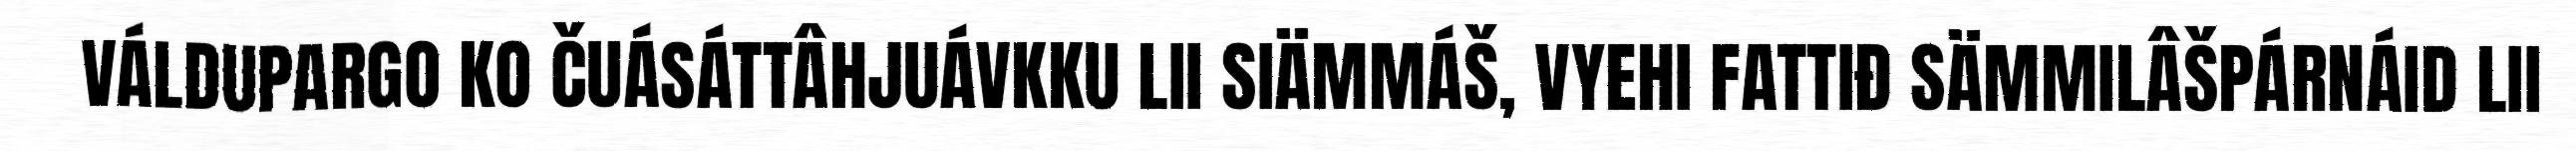
VÁLDUPARGO KO ČUÁSÁTTÂHJUÁVKKU LII SIÄMMÁŠ, VYEHI FATTIĐ SÄMMILÂŠPÁRNÁID LII